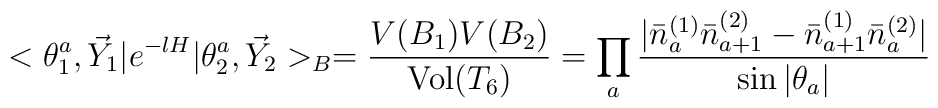
<\theta^a_1,\vec Y_1|e^{-lH}|\theta^a_2,\vec Y_2>_B = \frac{V(B_1) V(B_2)}{\mbox{Vol}(T_6)} = \prod_a \frac{|\bar n^{(1)}_a \bar n^{(2)}_{a+1} - \bar n^{(1)}_{a+1} \bar n^{(2)}_a|}{\sin |\theta_a|}